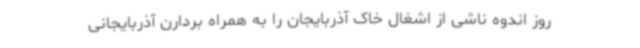
روز اندوه ناشی از اشغال خاک آذربایجان را به همراه بردارن آذربایجانی